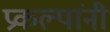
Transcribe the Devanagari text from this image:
प्रकल्पांनी